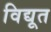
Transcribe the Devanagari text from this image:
विद्यूत